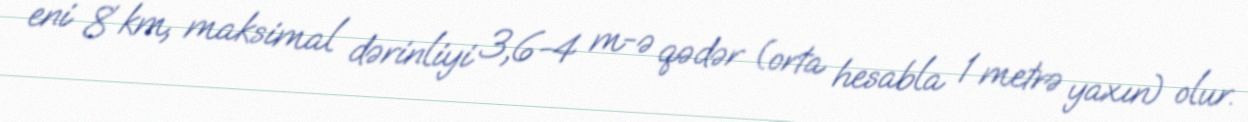
eni 8 km, maksimal dərinliyi 3,6−4 m-ə qədər (orta hesabla 1 metrə yaxın) olur.